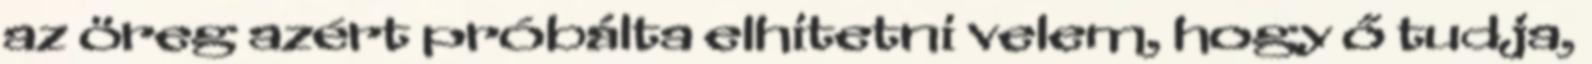
az öreg azért próbálta elhitetni velem, hogy ő tudja,